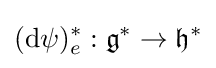
(\mathrm {d} \psi )_{e}^{*}:{\mathfrak {g}}^{*}\rightarrow {\mathfrak {h}}^{*}